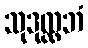
သုဒုလ္လဘံ